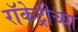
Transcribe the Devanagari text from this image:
रॉकेट्रीच्या